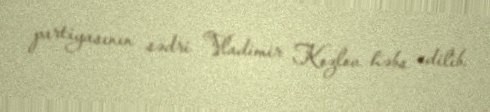
partiyasının sədri Vladimir Kozlov həbs edilib.